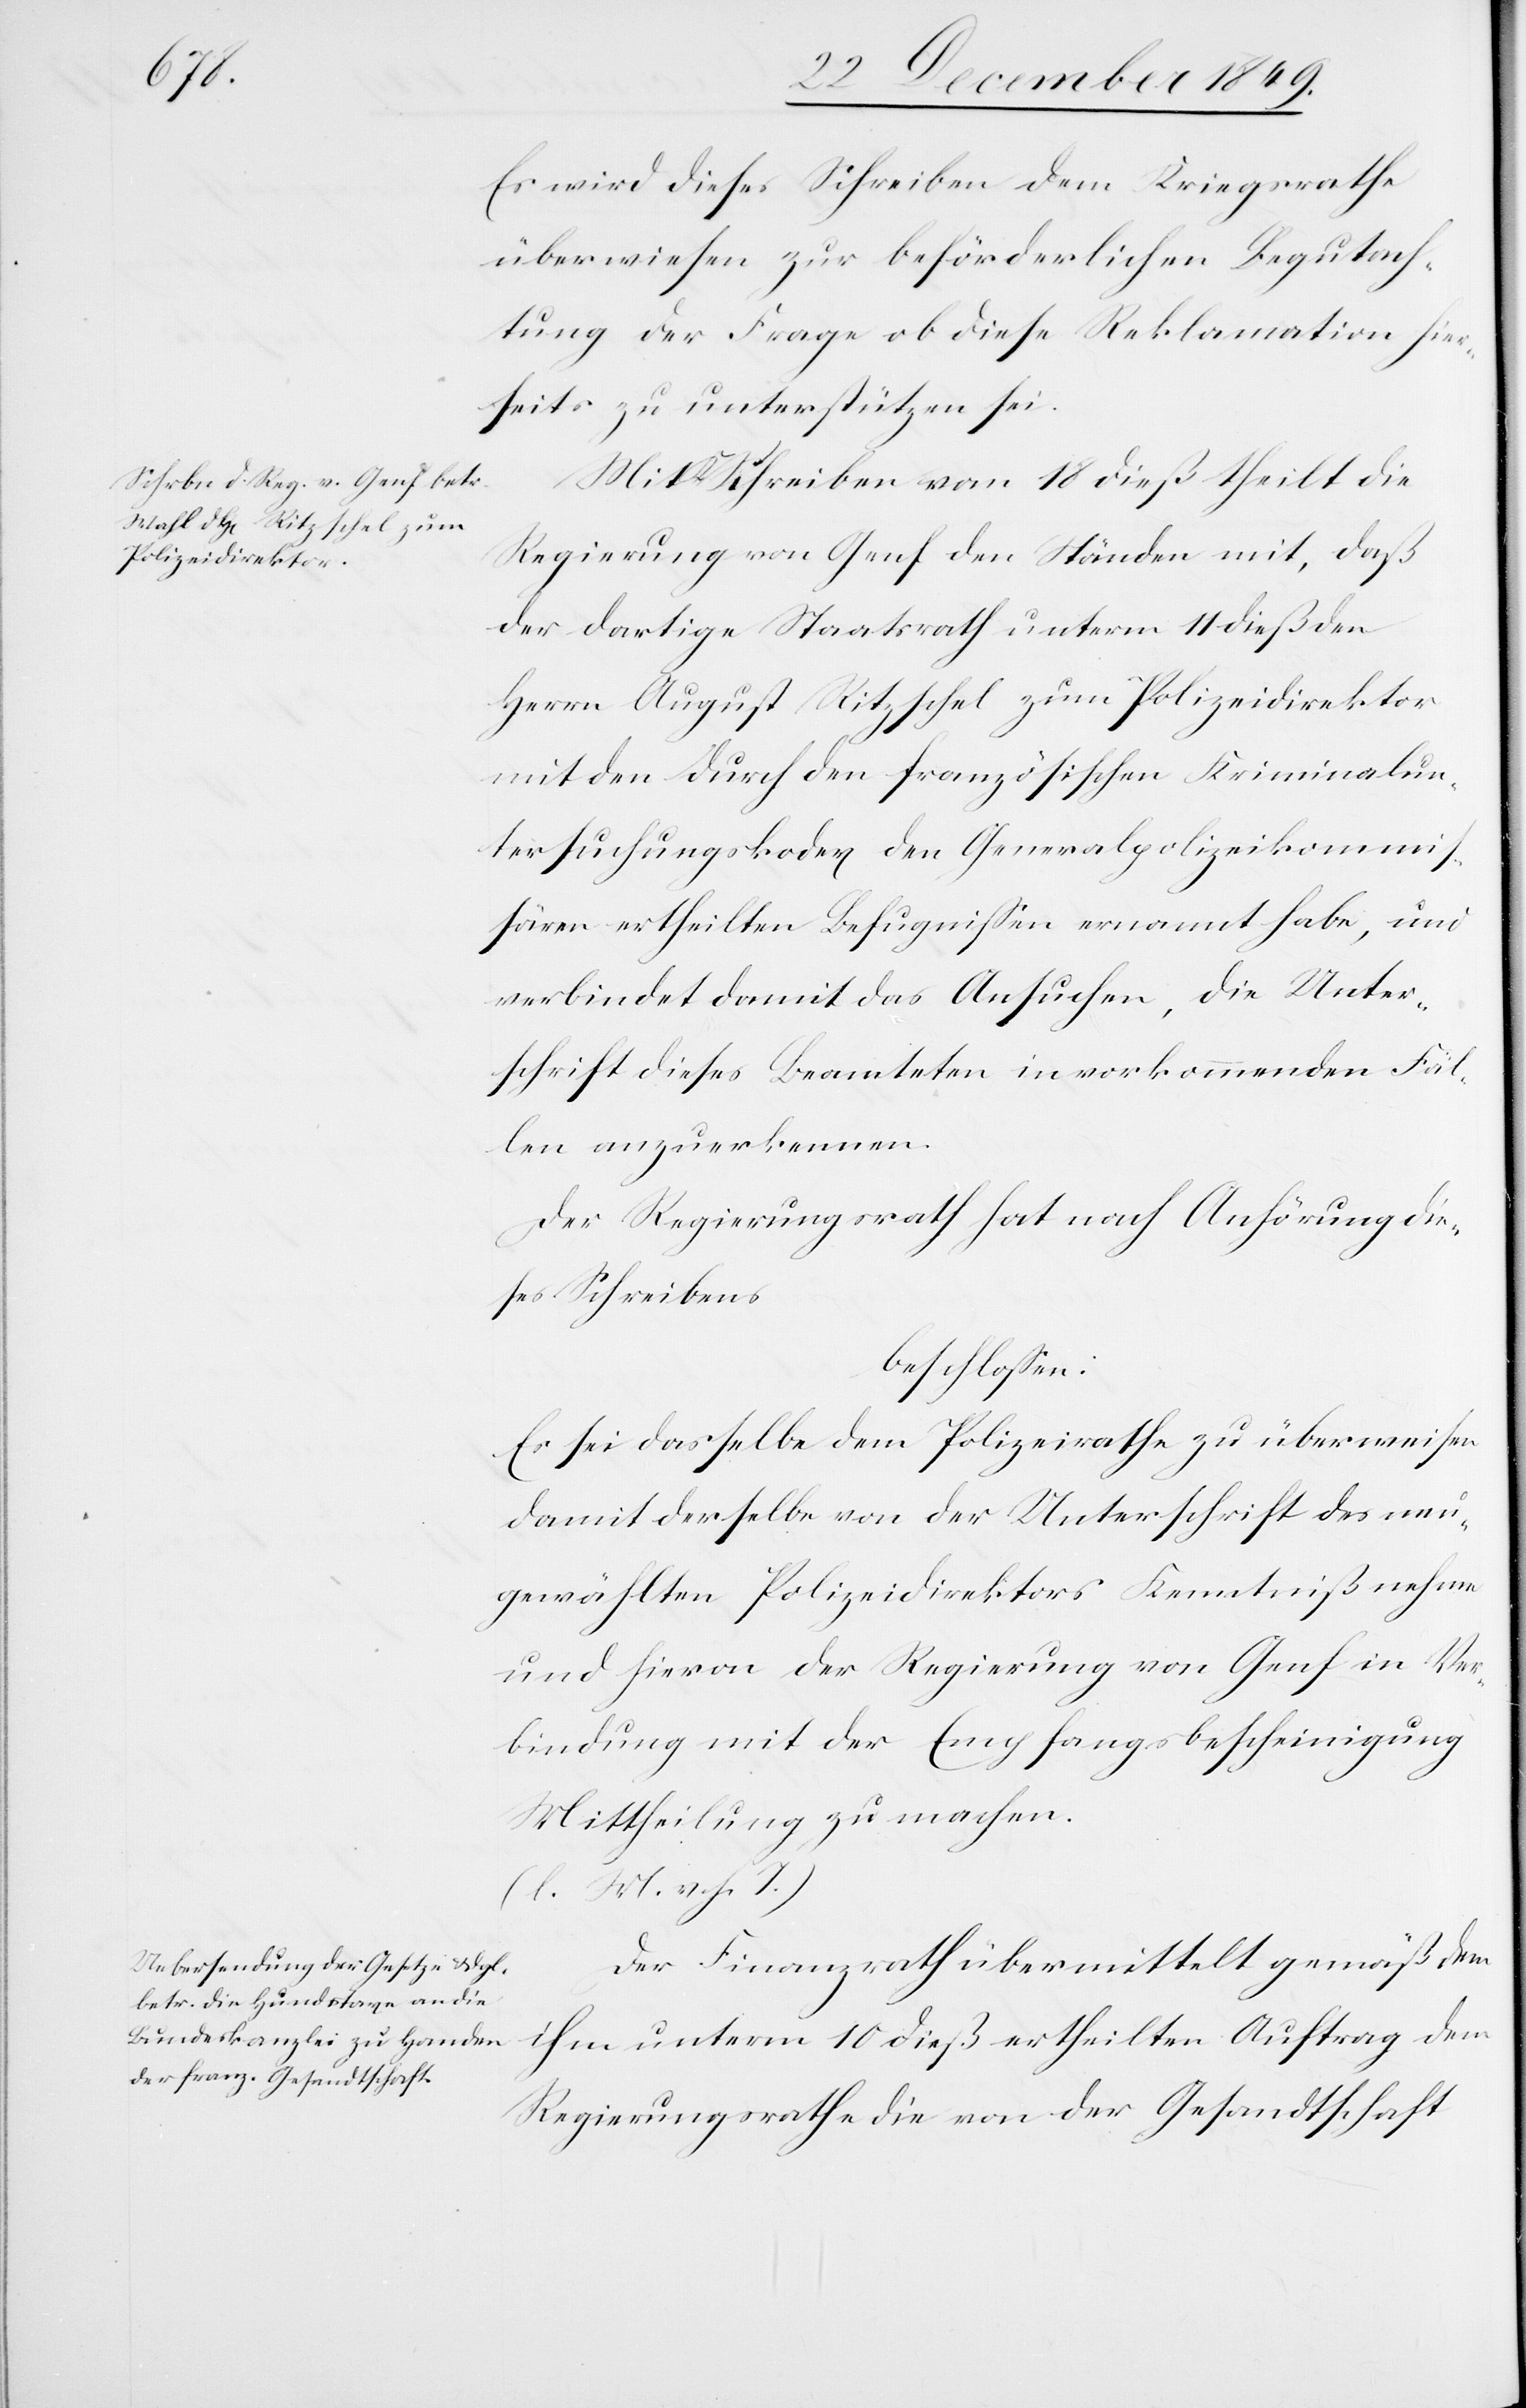
Es wird dieses Schreiben dem Kriegsrathe
überwiesen zur beförderlichen Begutach¬
tung der Frage ob diese Reklamation hier¬
seits zu unterstützen sei.
Mit Schreiben vom 18 dieß theilt die
Regierung von Genf den Ständen mit, daß
der dortige Staatsrath unterm 11 dieß den
Herrn August Ritzschel zum Polizeidirektor
mit den durch den französischen Kriminalun¬
tersuchungskodex den Generalpolizeikommiß¬
ären ertheilten Befugnißen ernannt habe, und
verbindet damit das Ansuchen, die Unter¬
schrift dieses Beamteten in vorkommenden Fäl¬
len anzuerkennen.
Der Regierungsrath hat nach Anhörung die¬
ses Schreibens
beschloßen:
Es sei dasselbe dem Polizeirathe zu überweisen
damit derselbe von der Unterschrift des neu¬
gewählten Polizeidirektors Kenntniß nehmen
und hievon der Regierung von Genf in Ver¬
bindung mit der Empfangsbescheinigung
Mittheilung zu machen.
[l. M. v. h. T]
Der Finanzrath übermittelt gemäß dem
ihm unterm 10 dieß ertheilten Auftrag dem
Regierungsrathe die von der Gesandtschaft